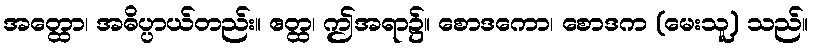
အတ္ထော၊ အဓိပ္ပာယ်တည်း။ ဧတ္ထ၊ ဤအရာ၌။ စောဒကော၊ စောဒက (မေးသူ) သည်။